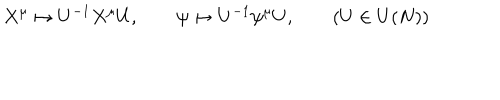
X ^ { \mu } \mapsto U ^ { - 1 } X ^ { \mu } U , \qquad \psi \mapsto U ^ { - 1 } \psi ^ { \mu } U , \qquad ( U \in U ( N ) )